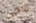
معي